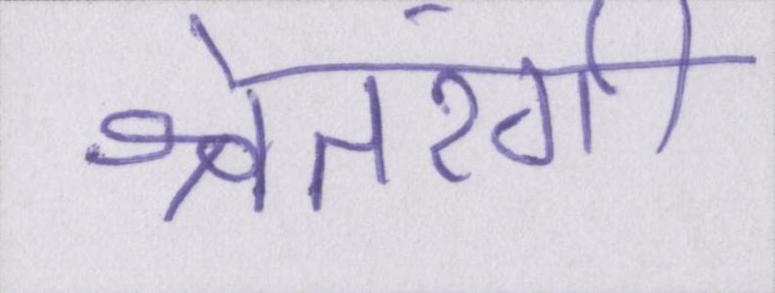
श्वेतरंगी